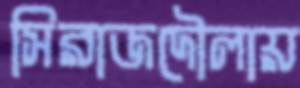
সিরাজদৌলায়